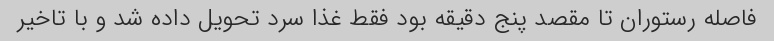
فاصله رستوران تا مقصد پنج دقیقه بود فقط غذا سرد تحویل داده شد و با تاخیر